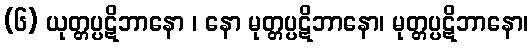
(၆) ယုတ္တပ္ပဋိဘာနော ၊ နော မုတ္တပ္ပဋိဘာနော၊ မုတ္တပ္ပဋိဘာနော၊